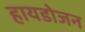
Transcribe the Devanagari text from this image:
हायडोजन